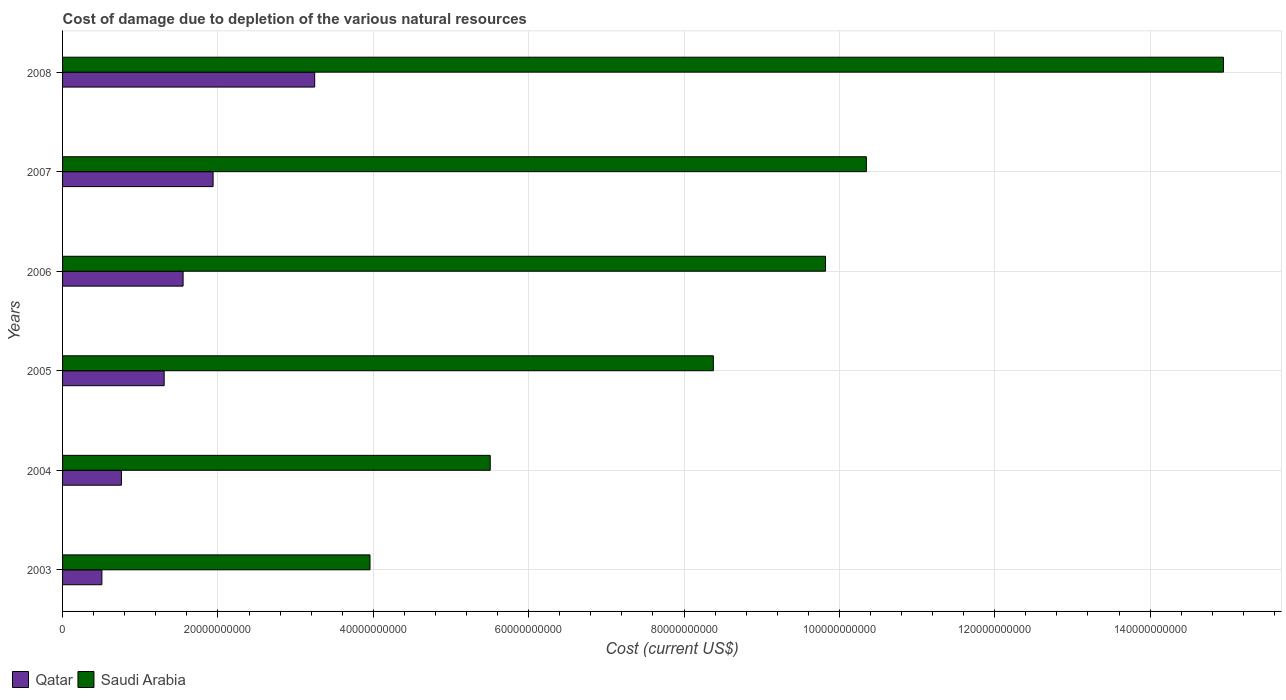
| Years | Qatar | Saudi Arabia |
 | --- | --- | --- |
 | 2003 | 5.06e+09 | 3.96e+10 |
 | 2004 | 7.58e+09 | 5.51e+10 |
 | 2005 | 1.31e+10 | 8.38e+10 |
 | 2006 | 1.55e+10 | 9.82e+10 |
 | 2007 | 1.94e+10 | 1.03e+11 |
 | 2008 | 3.25e+10 | 1.49e+11 |